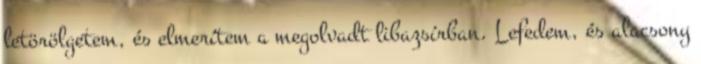
letörölgetem, és elmerítem a megolvadt libazsírban. Lefedem, és alacsony